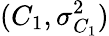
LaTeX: (C_{1},\sigma_{C_{1}}^{2})